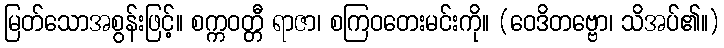
မြတ်သောအစွန်းဖြင့်။ စက္ကဝတ္တီ ရာဇာ၊ စကြဝတေးမင်းကို။ (ဝေဒိတဗ္ဗော၊ သိအပ်၏။)